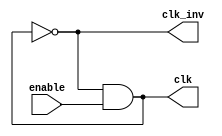
module clock(
  input wire enable,
  output reg clk = 0,
  output wire clk_inv
);

  always begin
    #5 clk = ~clk & enable;
  end

  assign clk_inv = ~clk;

endmodule